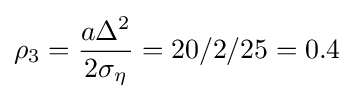
\rho _{3}={\frac {a\Delta ^{2}}{2\sigma _{\eta }}}=20/2/25=0.4